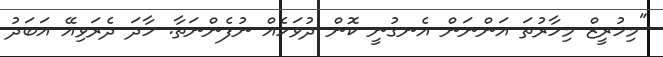
"މިހުރީޒް މިހާރުތަ އަންނަން އެނގުނީ ކޮން ދުވަހެއް ނުފެންނަތާ. ހާދަ ދެރަވިއޭ އަބަދު